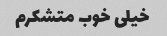
خیلی خوب متشکرم